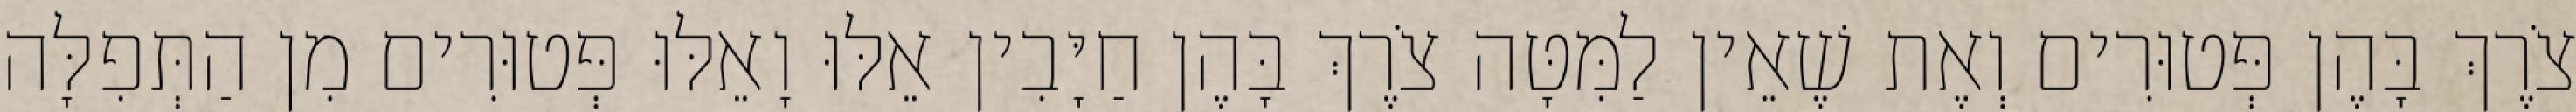
צֹרֶךְ בָּהֶן פְּטוּרִים וְאֶת שֶׁאֵין לַמִּטָּה צֹרֶךְ בָּהֶן חַיָּבִין אֵלּוּ וָאֵלּוּ פְּטוּרִים מִן הַתְּפִלָּה